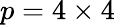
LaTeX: p=4\times 4